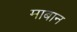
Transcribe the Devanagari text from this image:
माबान